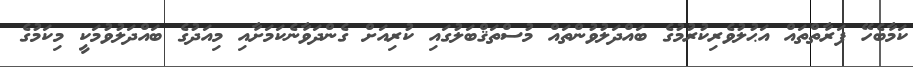
ކަމާބެހޭ ފަރާތްތައް އަޙުލުވެރިކުރުމުގެ ބައްދަލުވުންތައް މުސްތަޤްބަލުގައި ކުރިއަށް ގެންދަވާނެކަމަށާއި މިއަދުގެ ބައްދަލުވުމަކީ މިކަމުގެ